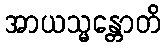
အာယသ္မန္တောတိ